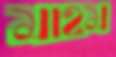
মাহম